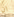
ان